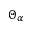
\Theta _ { \alpha }